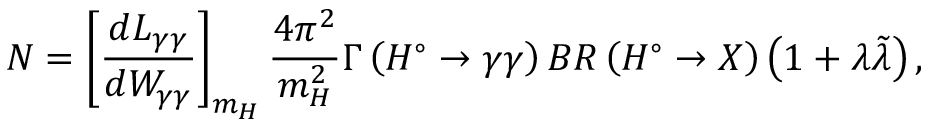
N = \left[ \frac { d L _ { \gamma \gamma } } { d W _ { \gamma \gamma } } \right] _ { m _ { H } } \frac { 4 \pi ^ { 2 } } { m _ { H } ^ { 2 } } \Gamma \left( H ^ { \circ } \rightarrow \gamma \gamma \right) B R \left( H ^ { \circ } \rightarrow X \right) \left( 1 + \lambda \tilde { \lambda } \right) ,